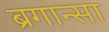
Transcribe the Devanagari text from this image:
ब्रगान्सा